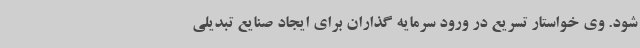
شود. وی خواستار تسریع در ورود سرمایه گذاران برای ایجاد صنایع تبدیلی